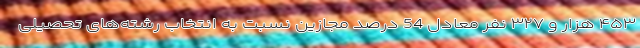
۴۵۳ هزار و ۳۲۷ نفر معادل 54 درصد مجازین نسبت به انتخاب رشته‌های تحصیلی